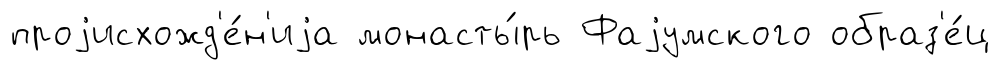
проjисхожд'е́н'иjа монасты́рь Фаjумского образ'е́ц